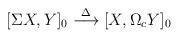
LaTeX: \begin{align*}[\Sigma X,Y]_0 \stackrel{\Delta}{\longrightarrow} [X,\Omega_c Y]_0\end{align*}